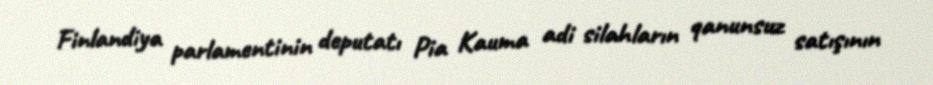
Finlandiya parlamentinin deputatı Pia Kauma adi silahların qanunsuz satışının